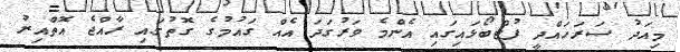
މިއަދު ސަރަހައްދީ ފުޓްބޯޅައިގައި އެންމެ ވަރުގަދަ އެއް ގައުމުގެ ގޮތުގައި ރާއްޖެ އޮތްއިރު